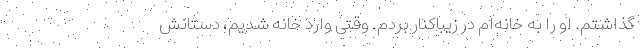
گذاشتم. او را به خانه‌ام در زیباکنار بردم. وقتی وارد خانه شدیم، دستانش